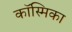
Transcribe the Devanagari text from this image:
कॉस्मिका